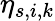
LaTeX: \eta_{s,i,k}